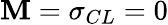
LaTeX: \mathbf{M}=\sigma_{CL}=0